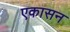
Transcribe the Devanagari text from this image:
एकासन